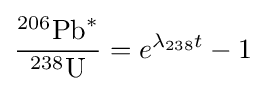
{{^{\text{206}}\,\!{\text{Pb}}^{*}} \over {^{\text{238}}\,\!{\text{U}}}}=e^{\lambda _{238}t}-1